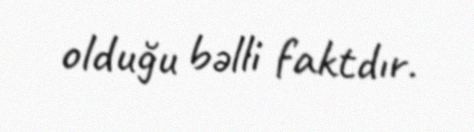
olduğu bəlli faktdır.